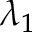
\lambda _ { 1 }